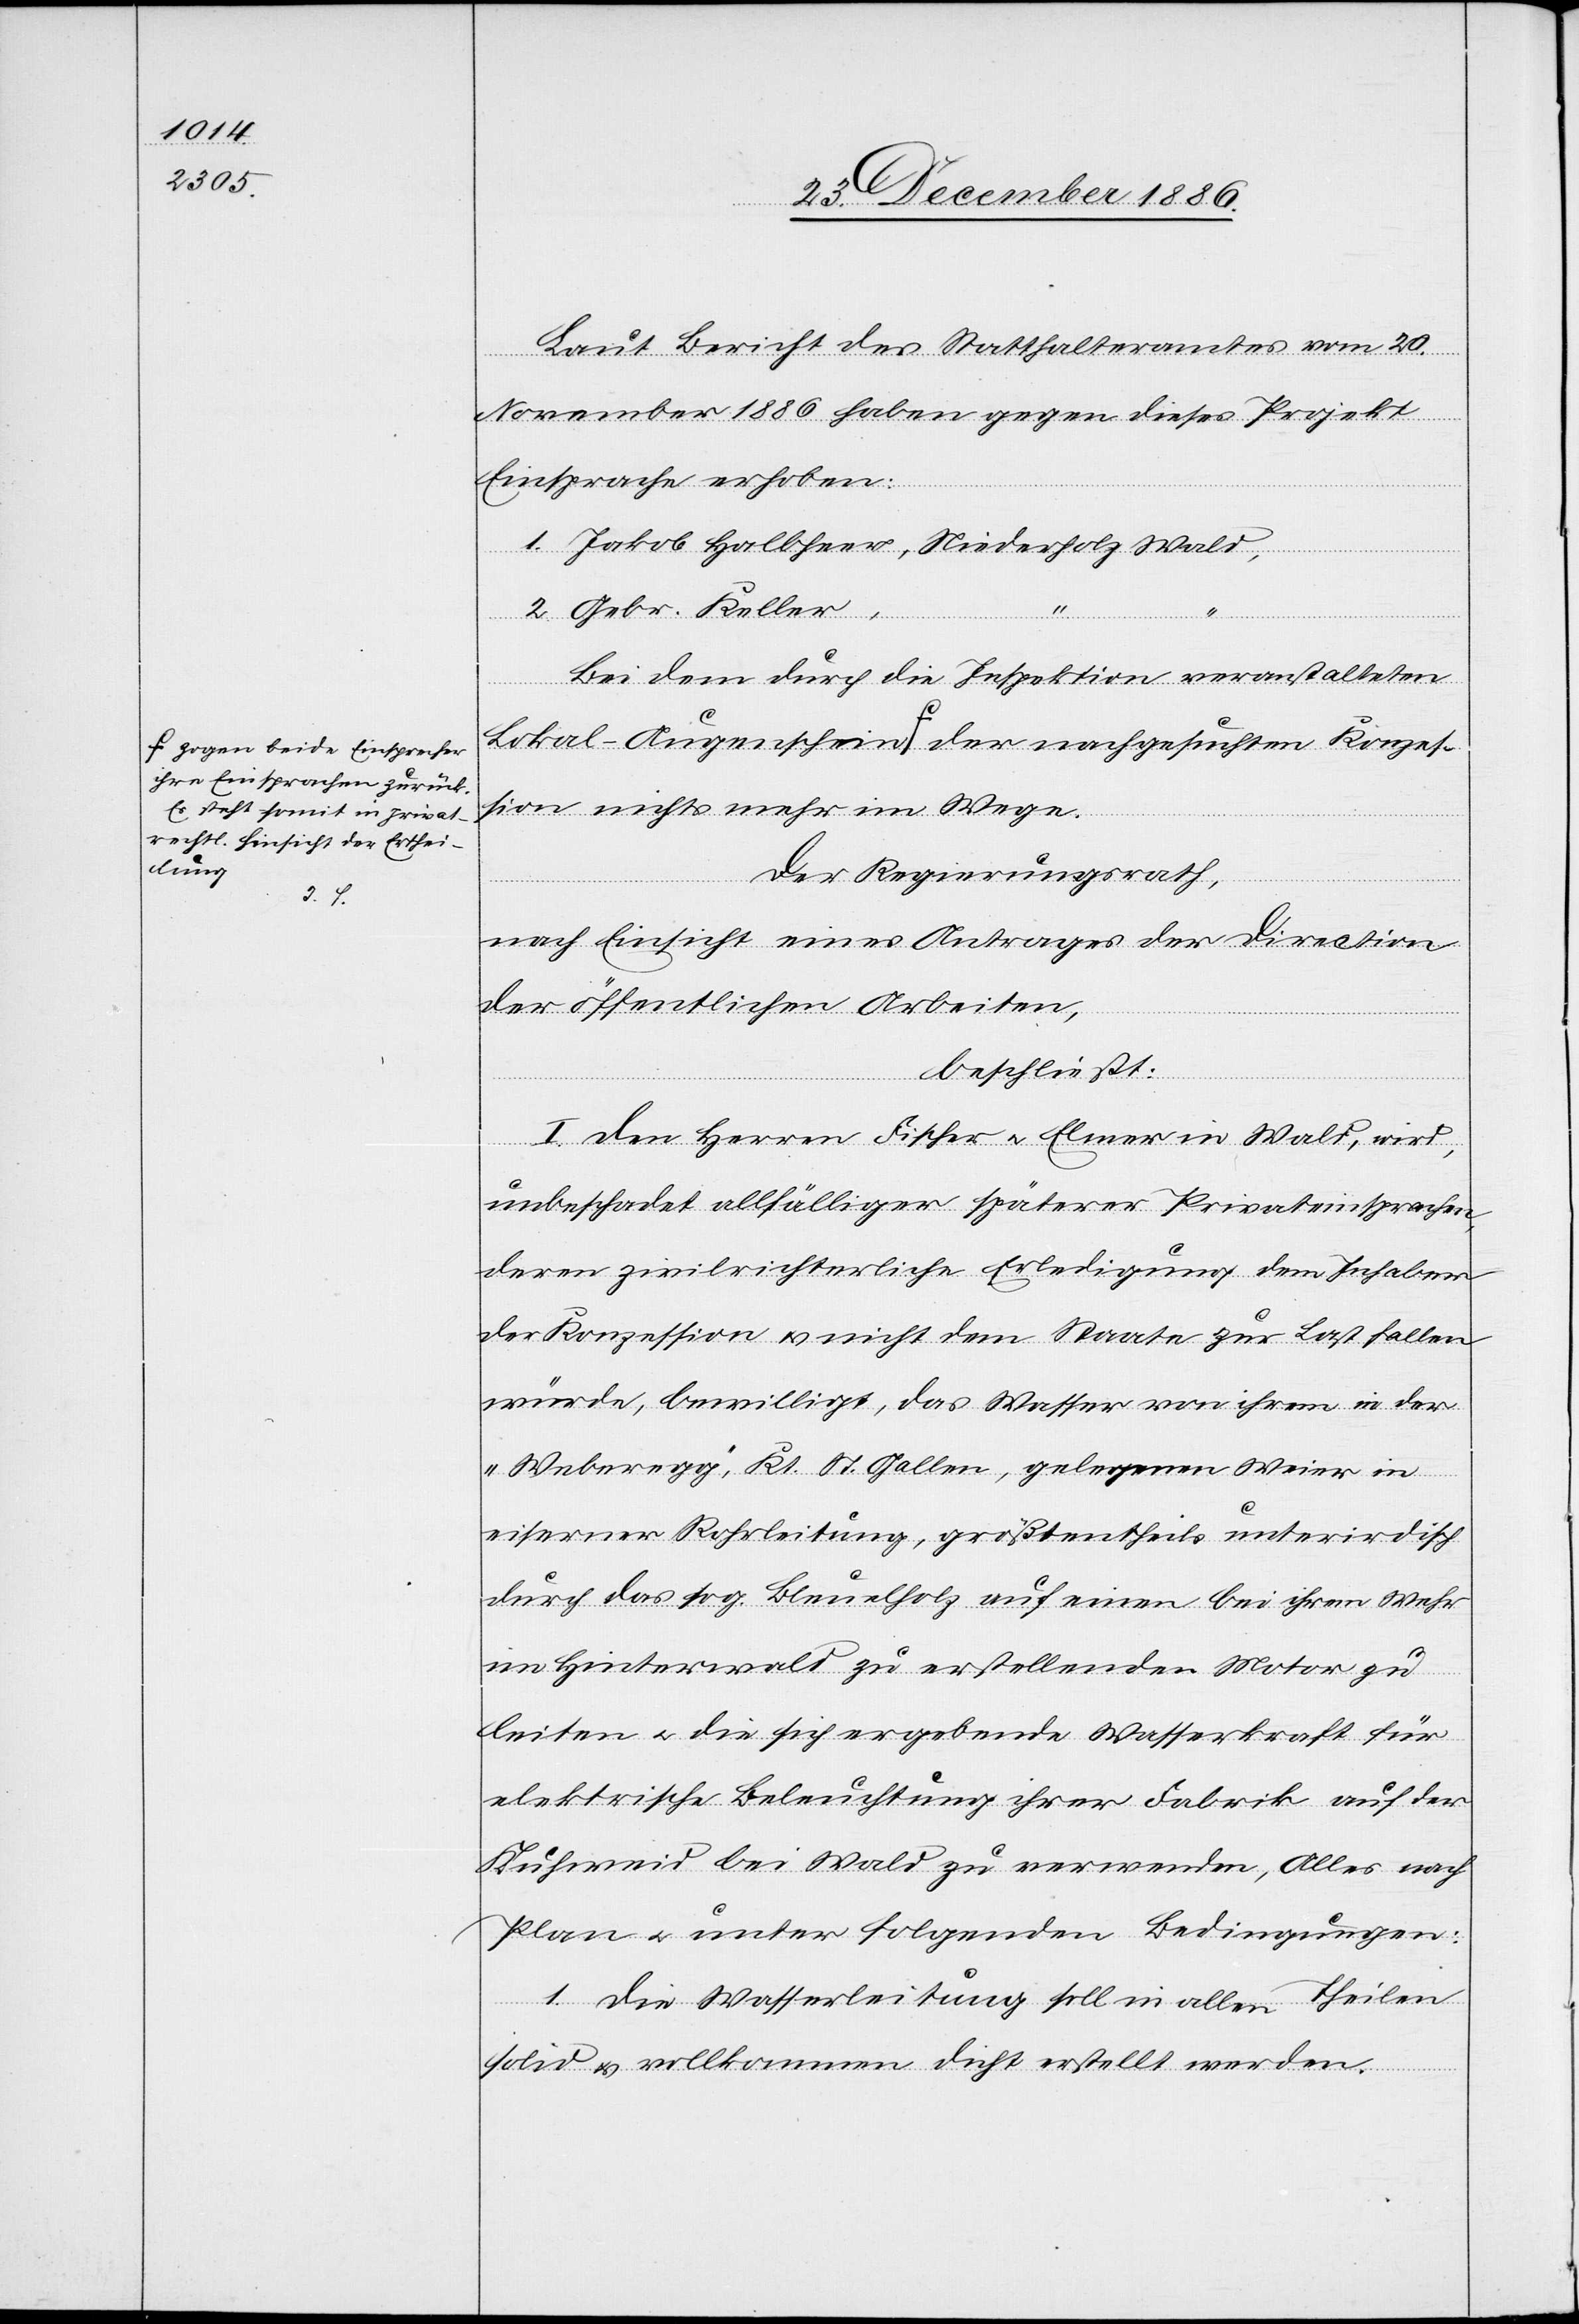
a-zogen beide Einsprecher
ihre Einsprachen zurück.
Es steht somit in privat¬
rechtl. Hinsicht der Erthei¬
lung-a

Laut Bericht des Statthalteramtes vom 20.
November 1886 haben gegen dieses Projekt
Einsprache erhoben:
1. Jakob Halbheer, Niederholz Wald,
2. Gebr. Keller,
bei dem durch die Inspektion veranstalteten
Konzes¬
sion nichts mehr im Wege.
Der Regierungsrath,
nach Einsicht eines Antrages der Direction
der öffentlichen Arbeiten,
beschließt:
I. Den Herren Fischer & Elmer in Wald, wird,
unbeschadet allfälliger späterer Privateinsprachen,
deren zivilrichterliche Erledigung dem Inhaber
der Konzession & nicht dem Staate zur Last fallen
würde, bewilligt, das Wasser von ihrem in der
„Weberegg“, Kt. St. Gallen, gelegenen Weier in
eiserner Rohrleitung, größtentheils unterirdisch
durch das sog. Bleuelholz [sic!] auf einen bei ihrem Wehr
im Hinterwald zu erstellenden Motor zu
leiten & die sich ergebende Wasserkraft für
elektrische Beleuchtung ihrer Fabrik auf der
Kuhweid bei Wald zu verwenden, Alles nach
Plan & unter folgenden Bedingungen:
1. Die Wasserleitung soll in allen Theilen
solid & vollkommen dicht erstellt werden.